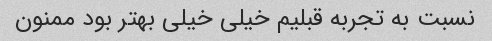
نسبت به تجربه قبلیم خیلی خیلی بهتر بود ممنون